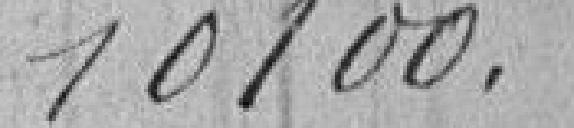
10100.